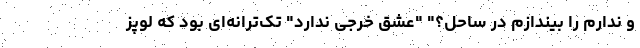
و ندارم را بیندازم در ساحل؟" "عشق خرجی ندارد" تک‌ترانه‌ای بود که لوپز